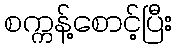
စက္ကန့်စောင့်ပြီး